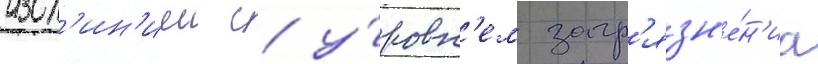
изол'ин'иеи с у́ровн'ем загр'язн'е́н'иа